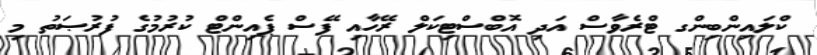
ކްލައިންބިންގ ޓްރެވާސް އަދި އޮބްސްޓިކަލް ރޭހާއި ފޭސް ޕެއިންޓް ކުރުމުގެ ފުރުޞަތު މި